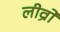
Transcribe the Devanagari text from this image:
लीव्रो